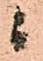
ニ